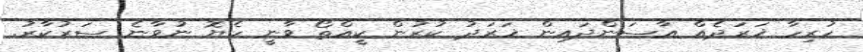
ހުރިހާ ޚަަރަދެއް އާސަންދައިން ޚަރަދު ކުރުން ކީއްތޯ ވާނީ ހެޔޮ ނުވާނެ ސަރުކާރު.